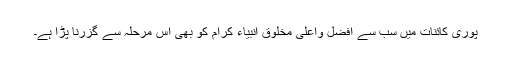
پوری کائنات میں سب سے افضل واعلیٰ مخلوق انبیاء کرام کو بھی اس مرحلہ سے گزرنا پڑا ہے۔